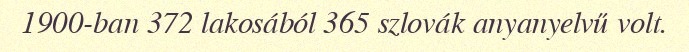
1900-ban 372 lakosából 365 szlovák anyanyelvű volt.